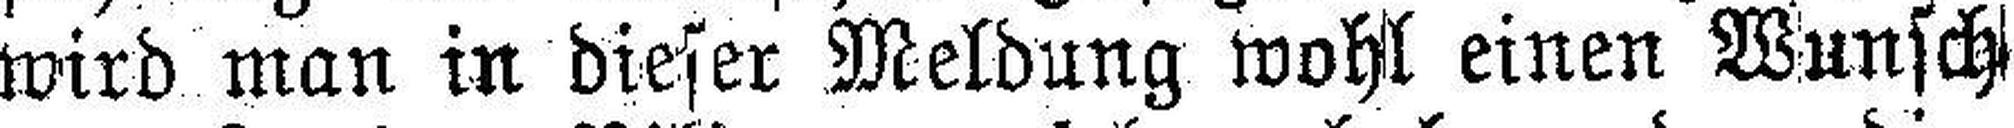
wird man in dieser Meldung wohl einen Wunsch